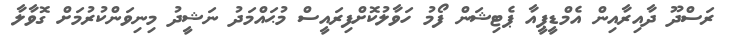
ރަސްދޫ ދާއިރާއިން އެމްޑީޕީއާ ޕެޓިޝަން ފޯމު ހަވާލުކޮށްފިރައީސް މުޙައްމަދު ނަޝީދު މިނިވަންކުރުމަށް ގޮވާލާ